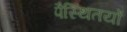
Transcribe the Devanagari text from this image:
पैस्थितयों